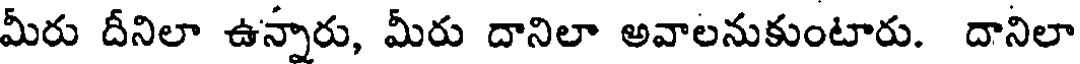
మీరు దీనిలా ఉన్నారు, మీరు దానిలా అవాలనుకుంటారు. దానిలా